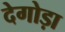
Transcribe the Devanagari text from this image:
देगोड़ा